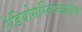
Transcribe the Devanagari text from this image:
रेडियोमस्तिष्कशोथ